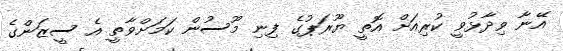
އޭނާ ވިދާޅުވީ ކުރިއަށް އޮތީ ޔޫރަޕުގެ ފިނި މޫސުން ކަމަށްވާތީ އެ ސީޒަންގެ